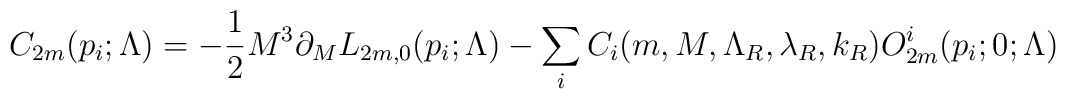
C_{2m}(p_i;\Lambda)=-{1\over 2}M^3\partial_ML_{2m,0}(p_i;\Lambda)-\sum_iC_i(m,M,\Lambda_R,\lambda_R,k_R)O_{2m}^i(p_i;0;\Lambda)